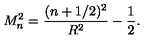
M _ { n } ^ { 2 } = \frac { ( n + 1 / 2 ) ^ { 2 } } { R ^ { 2 } } - \frac { 1 } { 2 } .